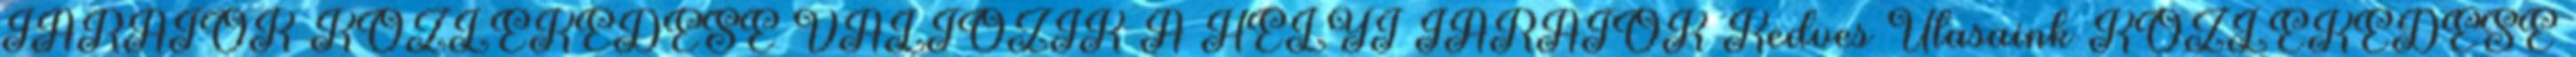
JÁRATOK KÖZLEKEDÉSE VÁLTOZIK A HELYI JÁRATOK Kedves Utasaink KÖZLEKEDÉSE